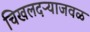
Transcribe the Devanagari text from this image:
चिखलदऱ्याजवळ